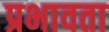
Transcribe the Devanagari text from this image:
प्रभावता